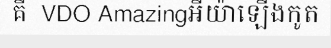
គឺ  VDO Amazingអីយ៉ាឡើងកូត